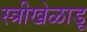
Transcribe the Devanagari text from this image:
स्त्रीखेळाडू